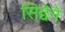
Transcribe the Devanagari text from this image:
सिद्देने